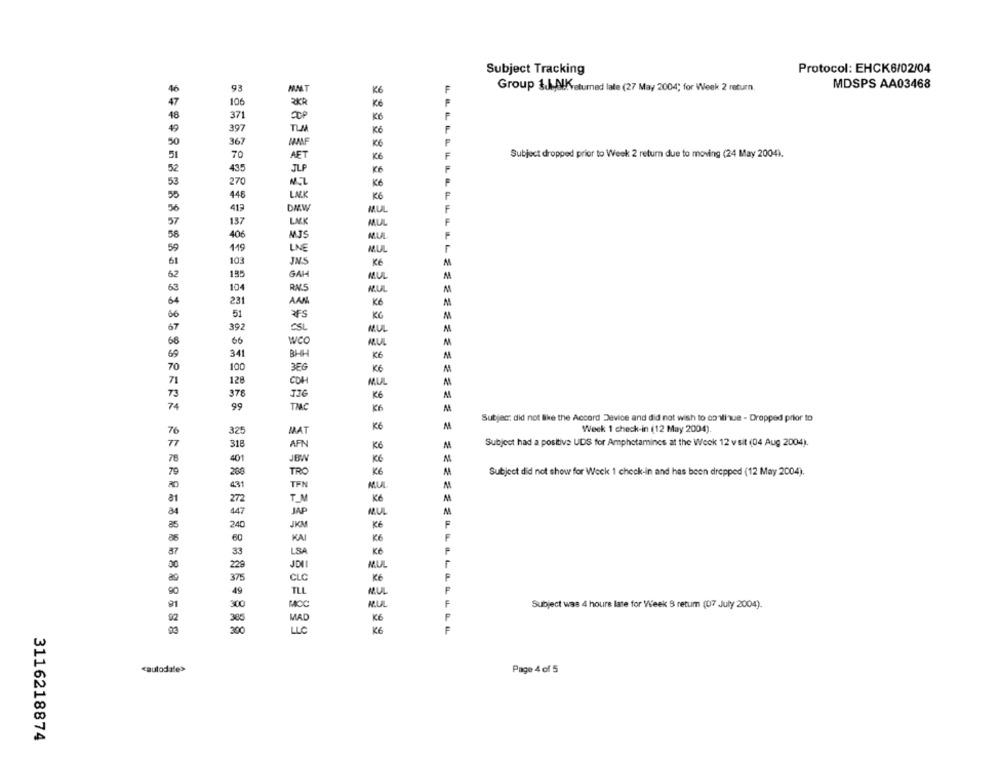
Protocol: EHCK6/02/04
Subject Tracking
93
K6
Group S.J.AlKeturned late (27 May 2004; for Week 2 return.
MDSPS AA03468
106
K6
371
KG
49
397
Kč
367
MMMF
K6
70
AET
KG
Subject dropped prior to Week 2 return due to moving (24 May 2004).
52
435
JLP
KG
53
270
Kč
448
LAK
KG
56
419
DMW
MUL
57
137
LAK
MUL
58
406
59
119
LINE
MUL
61
103
JNS
Kč
62
135
GAH
MUL
63
104
RX5
MUL
M
64
231
AAN
Kč
66
51
KG
M
67
392
CSL
MUL
M
68
66
WCO
MUL
69
341
BHH
K6
70
100
3EG
KG
71
128
CDH
MUL
73
378
K6
74
99
TMC
Subjec: did not like the Accord Device and did not wish to comique - Dropped prior to
K6
M
76
325
MAT
Week 1 check-in (12 May 2004)
77
Subject had a positive UDS for Amphetamines at the Week 12 v sit (04 Aug 2004).
318
AFN
Kč
M
78
401
JBW
KG
KG
Subject did not show for Weck 1 check-in and has been dropped (12 May 2004).
TRO
431
TFN
MUL
a1
272
T_M
Kč
447
JAP
MUL
240
JKM
Kč
60
KAI
K6
K6
33
LSA
MUL
229
375
CLC
KG
49
TLL
300
MACC
NUL
Subject was 4 hours late for Week S retum (07 July 2004).
MAD
K6
390
LLC
KG
cautodate>
Page 4 of 5
3116218874